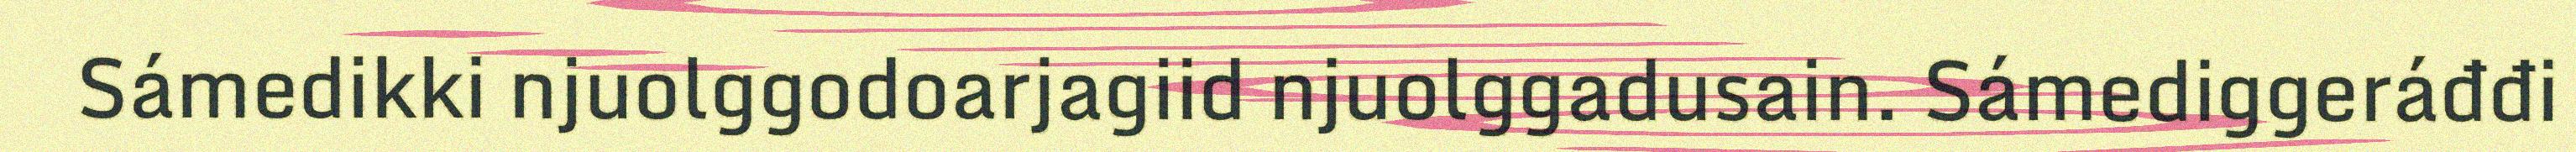
Sámedikki njuolggodoarjagiid njuolggadusain. Sámediggeráđđi